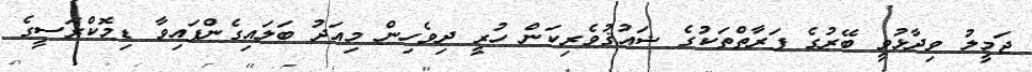
ޖަމީލު ވިދާޅުވީ ބޭރުގެ ފަރާތްތަކުގެ ޝައުޤުވެރިކަން ހުރީ ދިވެހިން މިއަދު ބަލައިގެންފައިވާ ޑިމޮކްރަސީގެ